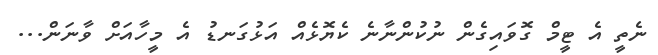
ނެތީ އެ ޓީމް ގޮވައިގެން ނުކުންނާނެ ކެޔޮޅެއް އަޅުގަނޑު އެ މީހާއަށް ވާނަން...